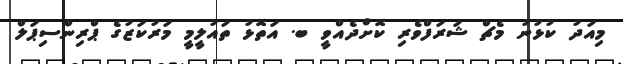
މިއަދު ކުޅުނު މެޗް ޝަރަފްވެރި ކޮށްދެއްވީ ބ. އަތޮޅު ތައުލީމީ މަރުކަޒުގެ ޕްރިންސިޕަލް